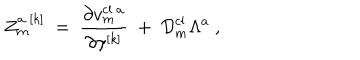
Z _ { m } ^ { a \ [ k ] } \ = \ { \frac { \partial v _ { m } ^ { \mathrm { c l } \ a } } { \partial \gamma ^ { [ k ] } } } \ + \ { \cal D } _ { m } ^ { \mathrm { c l } } \Lambda ^ { a } \ ,